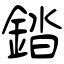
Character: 錔